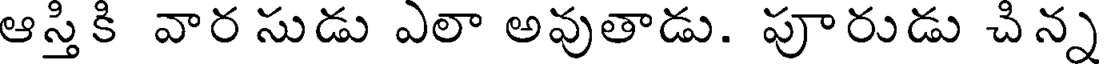
ఆస్తికి వార సుడు ఎలా అవుతాడు. పూరుడు చిన్న